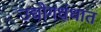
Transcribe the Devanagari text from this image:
उद्योगधंधात